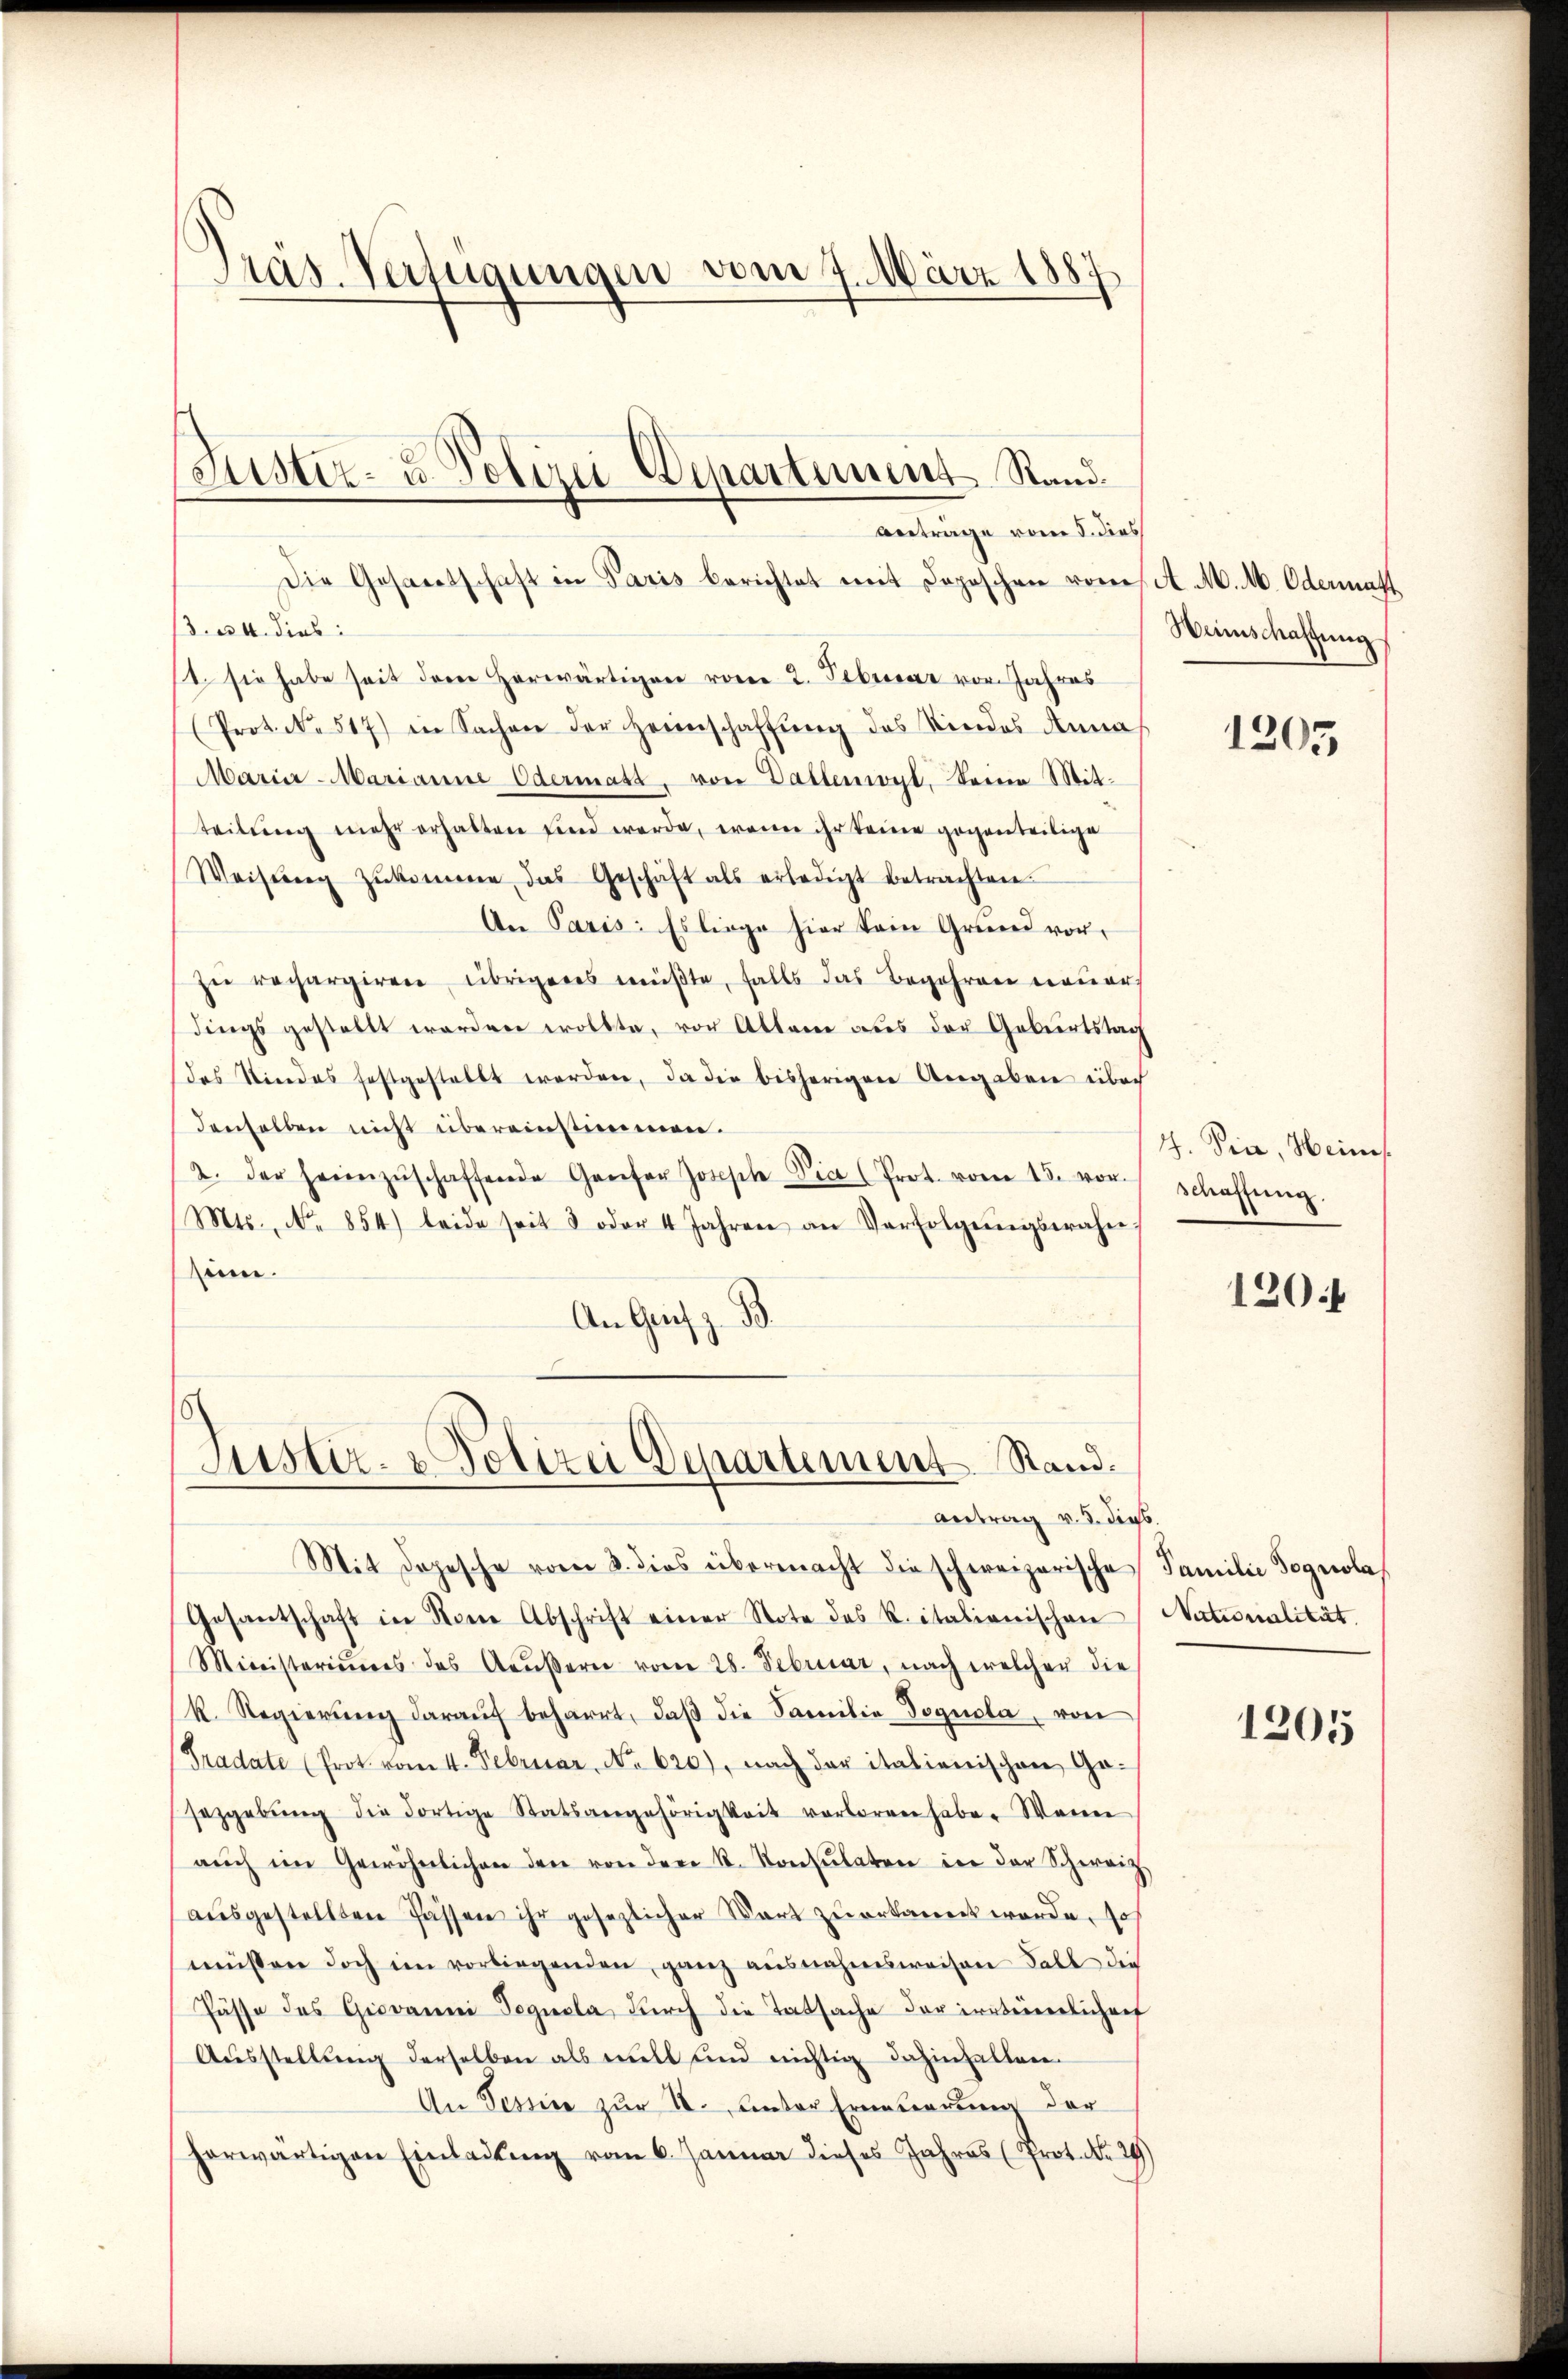
Präs. Verfügungen vom 7. März 1887

Die Gesandtschaft in Paris berichtet mit Deposchen vom 1. M. M. Odermatt
13. 24. dies
1. sie habe seit dem herwärtigen vom 2. Februar vor. Jahres
(Prot. N. 517) in Sachen der Heimschaffŭng des Niedes Annas
Marier-Marianne Odermatt, von Dallenwyl, keine Mitteilŭng mehr erhalten sind werde, wenn ihr keine gegenteilige
Weisŭng zŭkomme das Geschäft als erledigt betrachten.
An Paris. Es liege hier kein Grund vor,
zu rechargiren übrigenes müßte, falls das Begehren neuer
dings gestellt werden wollte, vor Altane aus der Geburtstag
das Kindes festgestellt worden, da die bisherigen Angaben über
denselben nicht übereinstimmen.
2. der heimzŭschaffende Genfer Joseph Vice (Prot. vom 15. vor.
Mts., No. 854) beide seit 8 oder 4 Jahren an Verfolgŭngswahne
sim.
An Gries z. B.

Justiz- u. Polizei Departement Stand.
Anträge vom 5. dies

Justiz- & Polizei Departement. Stand.
Antrag v. 5. dies.
Mit dopesche vom 2. dies übermacht die schweizerische Familie Tognolas

Gesantschaft in Name Abschrift einer Note des R. italienischen
Ministeriums des Aŭβern vom 28. Februar, nach welcher die
k. Regierung darauf beharrt, daß die Familie Dognola, von
(Pradate (Prot. vom 4. Februar, No. 620), nach der italienischen Ge-
Jezgabŭng die dortige Statsangehörigkeit verloren habe. Wenn
aŭch im Gewöhnlichen den von der R. Konsulaten in der Schweiz
aŭsgestellten Passen ihr gesezlicher Wart zu erkannt werde, so
müssen doch im vorliegenden ganz ausnahmsweisen Fall die
Pässe des Giovanni Teguala durch die Tatsache der ernteierlicherf
Ausstellung derselben als will und nichtig dahinhalten.
An Tessine zur II. unter Erneuerung der
herwärtigen Einladung vom 6. Januar dieses Jahres (Prot. No. 29)

Wanschaffung

1205

4. Die, Heines
schaffung.

120

Nationalität.

1205